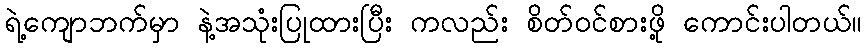
ရဲ့ကျောဘက်မှာ နဲ့အသုံးပြုထားပြီး ကလည်း စိတ်ဝင်စားဖို့ ကောင်းပါတယ်။